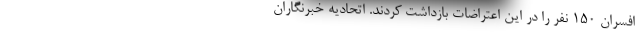
افسران ۱۵۰ نفر را در این اعتراضات بازداشت کردند. اتحادیه خبرنگاران